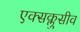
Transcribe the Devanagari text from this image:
एक्सक्लुसीव